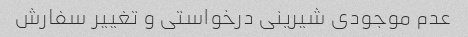
عدم موجودی شیرینی درخواستی و تغییر سفارش